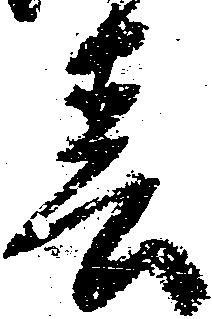
春